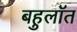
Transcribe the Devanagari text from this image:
बहुलॉत